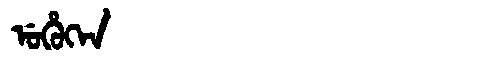
Manchu: ᡠᡥᡠᡴᡝᠨ
Romanization: UHUKEN